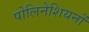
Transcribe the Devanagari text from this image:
पोलिनेशियनों